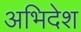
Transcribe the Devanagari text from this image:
अभिदेश